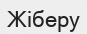
Жіберу